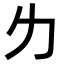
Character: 𠠲